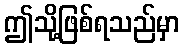
ဤသို့ဖြစ်ရသည်မှာ